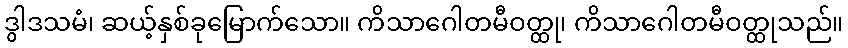
ဒွါဒသမံ၊ ဆယ့်နှစ်ခုမြောက်သော။ ကိသာဂေါတမီဝတ္ထု၊ ကိသာဂေါတမီဝတ္ထုသည်။